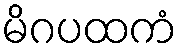
မိဂပထကံ